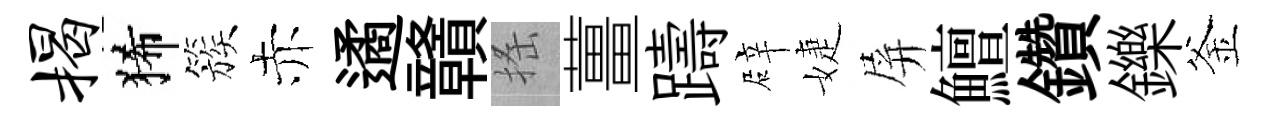
揭狶簇赤遹贛搖薑躊辟婕屏鱣鑽鑠釜